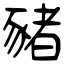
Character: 豬